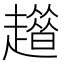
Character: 𧾀